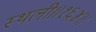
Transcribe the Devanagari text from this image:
स्थली॥१६४॥